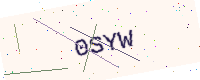
Text: 0SYW